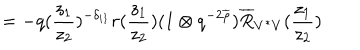
\hspace { . 7 4 5 i n } = - q ( \frac { z _ { 1 } } { z _ { 2 } } ) ^ { - \delta _ { i 1 } } r ( \frac { z _ { 1 } } { z _ { 2 } } ) ( 1 \otimes q ^ { - 2 \overline { { { \rho } } } } ) \overline { { { R } } } _ { V ^ { * } V } ( \frac { z _ { 1 } } { z _ { 2 } } )